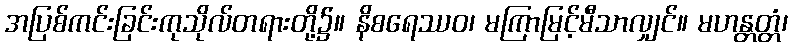
အပြစ်ကင်းခြင်းကုသိုလ်တရားတို့၌။ နိစရေဿဝ၊ မကြာမြင့်မီသာလျှင်။ မဟန္တတ္တံ၊